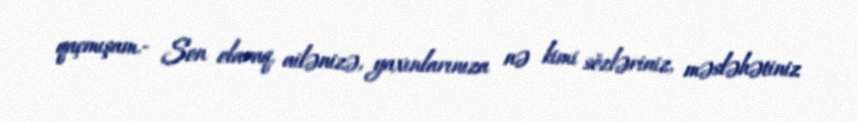
qaçmışam.- Son olaraq, ailənizə, yaxınlarınıza nə kimi sözləriniz, məsləhətiniz